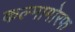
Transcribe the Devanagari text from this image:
कल्मागोरफ